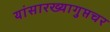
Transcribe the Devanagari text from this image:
यांसारख्यागुप्तचर